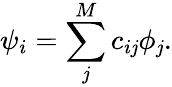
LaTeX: \psi_{i}=\sum_{\mathit{j}}^{M}c_{i\mathit{j}}\phi_{\mathit{j}}.